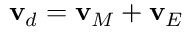
\mathbf { v } _ { d } = \mathbf { v } _ { M } + \mathbf { v } _ { E }